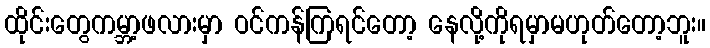
ထိုင်းတွေကမ္ဘာ့ဖလားမှာ ဝင်ကန်ကြရင်တော့ နေလို့ကိုရမှာမဟုတ်တော့ဘူး။